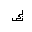
Letter: _kaf